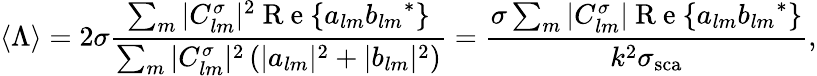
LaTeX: {\langle\Lambda\rangle}=2\sigma\frac{\sum_{m}|C_{lm}^{\sigma}|^{2}\mathrm{~R~e~}\{ a_{lm}{b_{lm}}^{*}\} }{\sum_{m}|C_{lm}^{\sigma}|^{2}\left(|a_{lm}|^{2}+|b_{lm}|^{2}\right)}=\frac{\sigma\sum_{m}|C_{lm}^{\sigma}|\mathrm{~R~e~}\{ a_{lm}{b_{lm}}^{*}\} }{k^{2}\sigma_{\mathrm{{sca}}}},